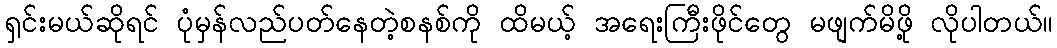
ရှင်းမယ်ဆိုရင် ပုံမှန်လည်ပတ်နေတဲ့စနစ်ကို ထိမယ့် အရေးကြီးဖိုင်တွေ မဖျက်မိဖို့ လိုပါတယ်။